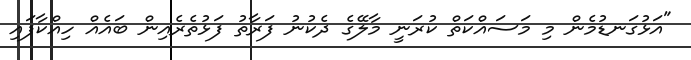
"އަޅުގަނޑުމެން މި މަސައްކަތް ކުރަނީ މާލޭގެ ދެކުނު ފަރާތު ފަޅުތެރެއިން ބައެއް ހިއްކާފައި